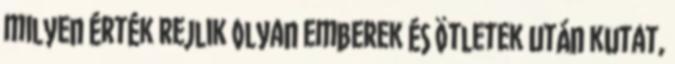
milyen érték rejlik Olyan emberek és ötletek után kutat,